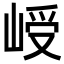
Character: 𪨾